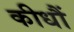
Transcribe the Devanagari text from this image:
कीधौं